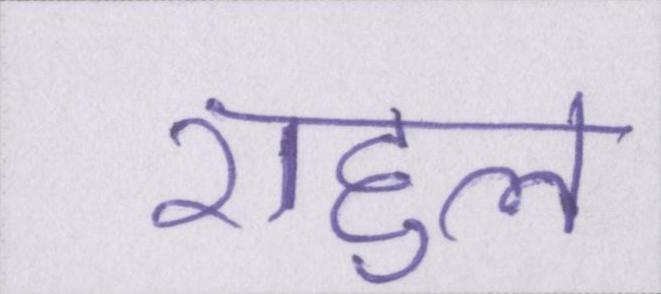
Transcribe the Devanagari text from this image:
राहुल